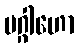
ပဂ္ဂါဟော